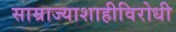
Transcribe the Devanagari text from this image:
साम्राज्याशाहीविरोधी